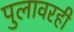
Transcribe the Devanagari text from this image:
पुलावरही